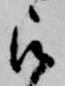
被